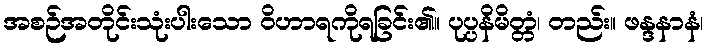
အစဉ်အတိုင်းသုံးပါးသော ဝိဟာရကိုရခြင်း၏။ ပုပ္ပနိမိတ္တံ၊ တည်း။ ဖန္ဒနာနံ၊